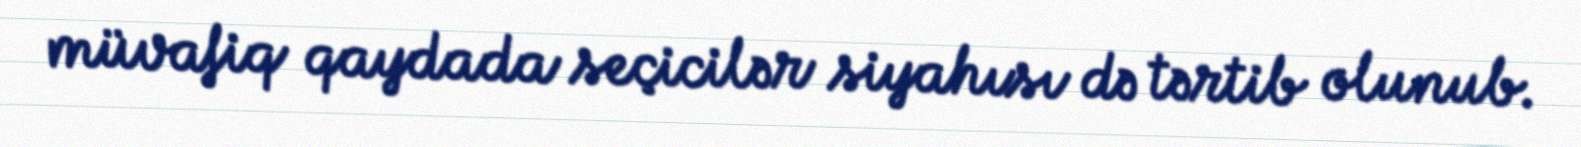
müvafiq qaydada seçicilər siyahısı də tərtib olunub.